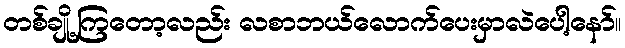
တစ်ချို့ကြတော့လည်း လစာဘယ်လောက်ပေးမှာလဲပေါ့နော်။